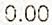
0.00